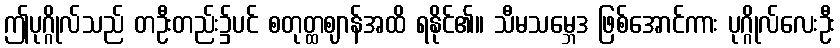
ဤပုဂ္ဂိုလ်သည် တဦးတည်း၌ပင် စတုတ္ထဈာန်အထိ ရနိုင်၏။ သီမသမ္ဘေဒ ဖြစ်အောင်ကား ပုဂ္ဂိုလ်လေးဦး